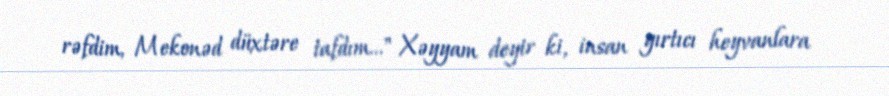
rəfdim, Mekonəd düxtəre tafdım..." Xəyyam deyir ki, insan yırtıcı heyvanlara